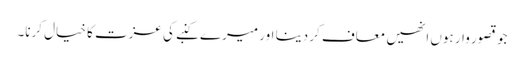
جو قصور وار ہوں انھیں معاف کر دینا اور میرے کنبے کی عزت کا خیال کرنا۔